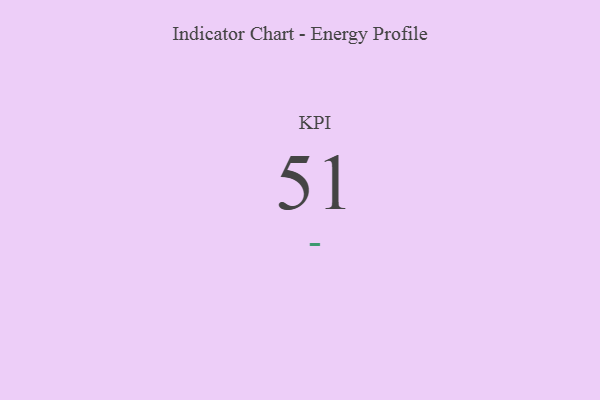
{"axis": {"x": "KPI", "y": "Value"}, "legend": [""], "data": [{"x": "KPI", "y": 51, "type": ""}]}